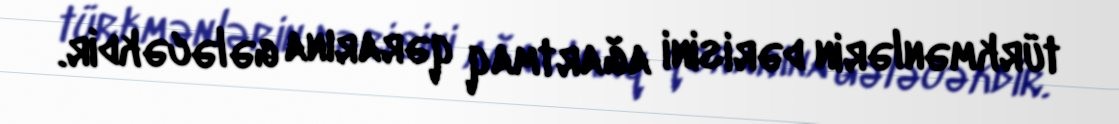
türkmənlərin dərisini ağartmaq qərarına gələcəkdir.